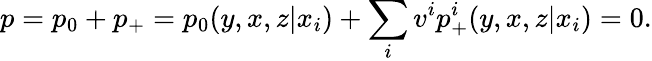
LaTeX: p=p_{0}+p_{+}=p_{0}(y,x,z|x_{i})+\sum_{i}v^{i}p_{+}^{i}(y,x,z|x_{i})=0.